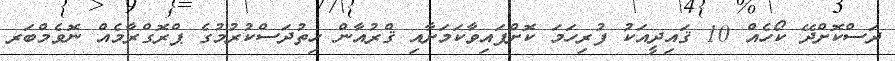
ދަސްކޮށްދޭ ކޯހެއް 10 ޤައިދީއަކު ފުރިހަމަ ކޮށްފައިވާކަމަށާއި ޤްރުއާން ހިތުދަސްކުރުމުގެ ޕްރޮގްރާމެއް ނޮވެމްބަރ